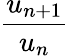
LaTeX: \frac{u_{n+1}}{u_{n}}